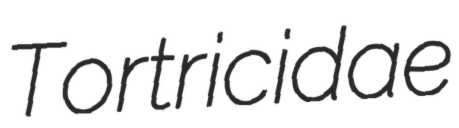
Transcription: Tortricidae